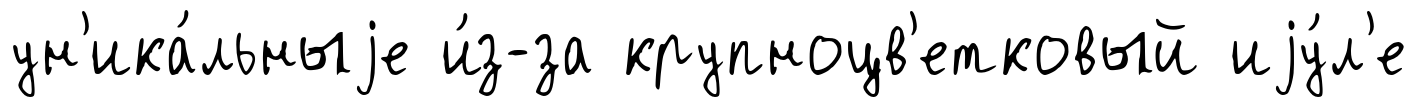
ун'ика́льныjе и́з-за крупноцв'етковый иjу́л'е